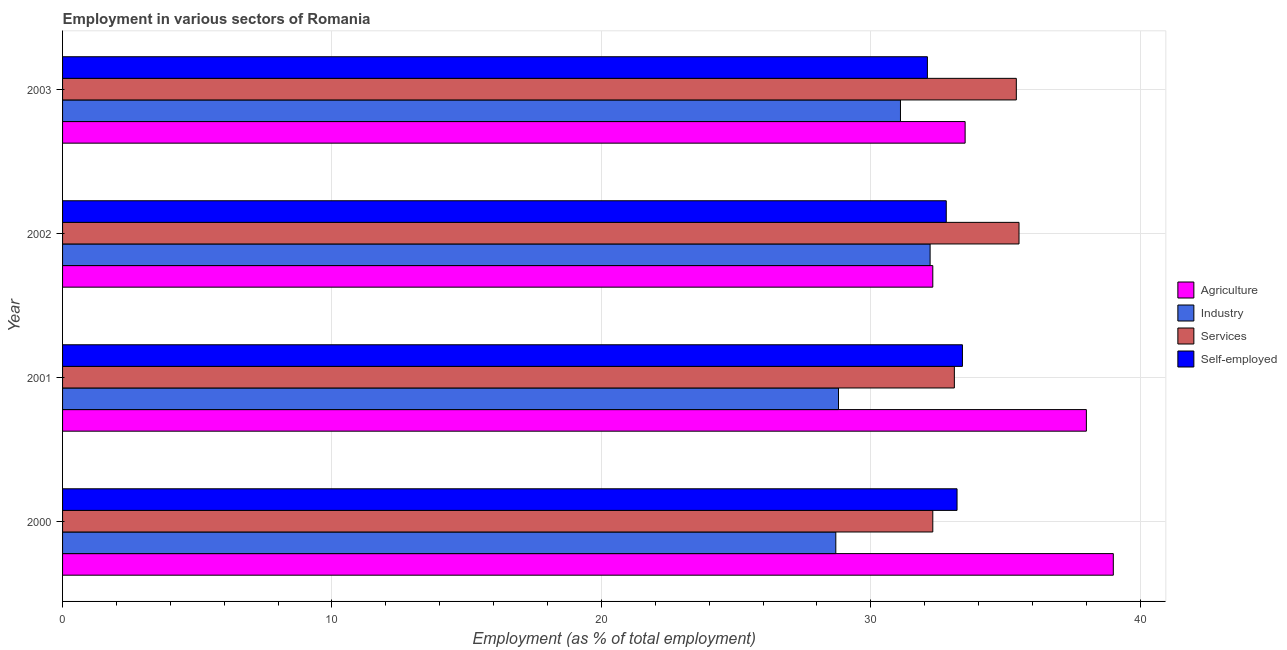
| Year | Agriculture | Industry | Services | Self-employed |
 | --- | --- | --- | --- | --- |
 | 2000 | 39 | 28.7 | 32.3 | 33.2 |
 | 2001 | 38 | 28.8 | 33.1 | 33.4 |
 | 2002 | 32.3 | 32.2 | 35.5 | 32.8 |
 | 2003 | 33.5 | 31.1 | 35.4 | 32.1 |